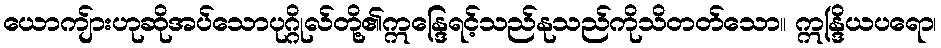
ယောကျ်ားဟုဆိုအပ်သောပုဂ္ဂိုလ်တို့၏ဣန္ဒြေရင့်သည်နုသည်ကိုသိတတ်သော။ ဣန္ဒြိယပရော၊